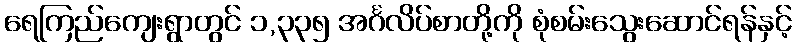
ရေကြည်ကျေးရွာတွင် ၁,၃၃၅ အင်္ဂလိပ်စာတို့ကို စုံစမ်းသွေးဆောင်ရန်နှင့်